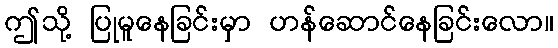
ဤသို့ ပြုမူနေခြင်းမှာ ဟန်ဆောင်နေခြင်းလော။